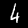
Digit: 4